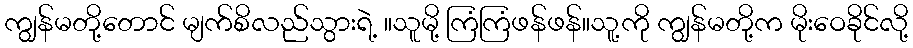
ကျွန်မတို့တောင် မျက်စိလည်သွားရဲ့ ။သူမို့ ကြံကြံဖန်ဖန်။သူ့ကို ကျွန်မတို့က မိုးဝေခိုင်လို့